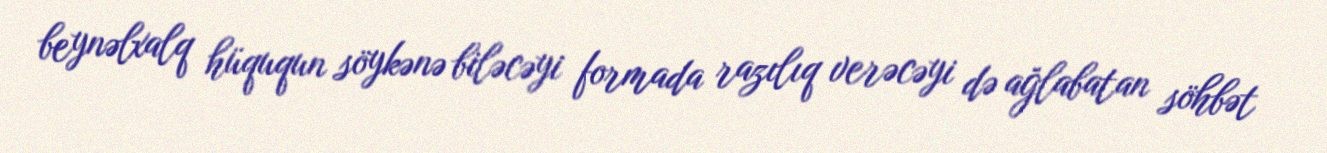
beynəlxalq hüququn söykənə biləcəyi formada razılıq verəcəyi də ağlabatan söhbət